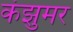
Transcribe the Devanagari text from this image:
कंझुमर